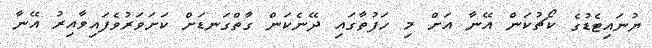
ޔުނައިޓެޑުގެ ކޯޗުކަން އޭނާ އަށް މި ހަފުތާގައި ދޭނެކަން ގާތްގަނޑަށް ކަށަވަރުވެފައިވާއިރު އޭނާ